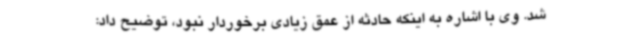
شد. وی با اشاره به اینکه حادثه از عمق زیادی برخوردار نبود، توضیح داد: